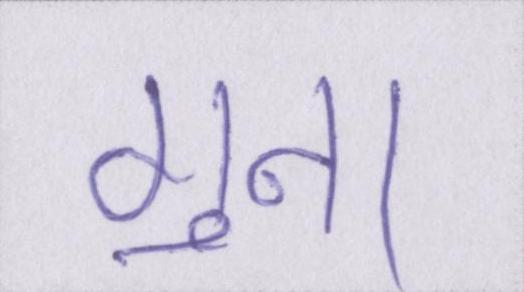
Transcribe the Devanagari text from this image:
गुना